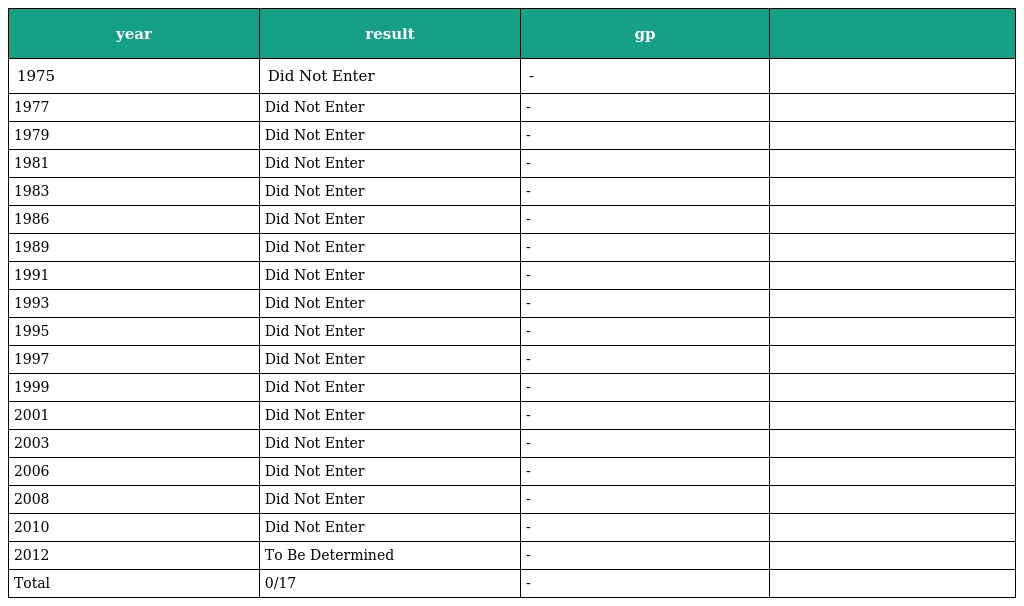
| year | result | gp |  |
 | --- | --- | --- | --- |
 | 1975 | Did Not Enter | - |  |
 | 1977 | Did Not Enter | - |  |
 | 1979 | Did Not Enter | - |  |
 | 1981 | Did Not Enter | - |  |
 | 1983 | Did Not Enter | - |  |
 | 1986 | Did Not Enter | - |  |
 | 1989 | Did Not Enter | - |  |
 | 1991 | Did Not Enter | - |  |
 | 1993 | Did Not Enter | - |  |
 | 1995 | Did Not Enter | - |  |
 | 1997 | Did Not Enter | - |  |
 | 1999 | Did Not Enter | - |  |
 | 2001 | Did Not Enter | - |  |
 | 2003 | Did Not Enter | - |  |
 | 2006 | Did Not Enter | - |  |
 | 2008 | Did Not Enter | - |  |
 | 2010 | Did Not Enter | - |  |
 | 2012 | To Be Determined | - |  |
 | Total | 0/17 | - |  |